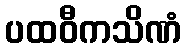
ပထဝီကသိဏံ